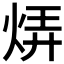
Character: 𬊊